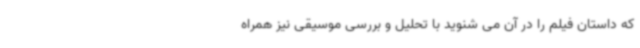
که داستان فیلم را در آن می شنوید با تحلیل و بررسی موسیقی نیز همراه